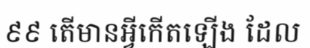
៩៩ តើមានអ្វីកើតឡើង ដែល